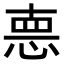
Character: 𢛳